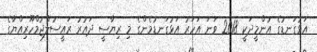
އަޅުގަނޑުގެ އުންމީދަކީ 2018 ވަނަ އަހަރު އަޅުގަނޑުމެންގެ މި ރިޔާސީ ދައުރު ރައީސުލްޖުމްހޫރިއްޔާގެ